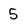
Character: 5